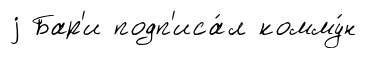
j Бар'и подп'иса́л комму́н